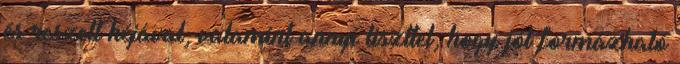
és reszelt héjával, valamint annyi liszttel, hogy jól formázható